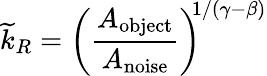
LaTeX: \widetilde{k}_{R}=\left(\frac{A_{\textrm{object}}}{A_{\textrm{noise}}}\right)^{\! \! 1/(\gamma-\beta)}